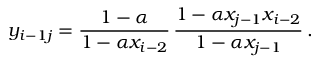
y _ { i - 1 j } = \frac { 1 - \alpha } { 1 - \alpha x _ { i - 2 } } \, \frac { 1 - \alpha x _ { j - 1 } x _ { i - 2 } } { 1 - \alpha x _ { j - 1 } } \, .